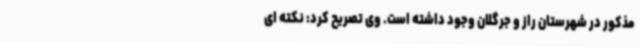
مذکور در شهرستان راز و جرگلان وجود داشته است. وی تصریح کرد: نکته ای